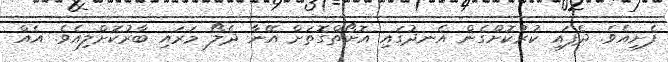
ފެށިއެވެ. ދެފައި ކުރުކޮށްގެން އެނދުގައި އޮށޯތްގޮތަށް އޭނާ ދެލޯ މަރައި ބާރުކޮށްލިއެވެ. އެއް